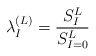
\begin{align*}\lambda _I^{(L)}={\frac{S_I^L}{S_{I=0}^L}}\end{align*}